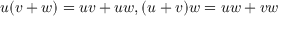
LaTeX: u ( v + w ) = u v + u w , ( u + v ) w = u w + v w